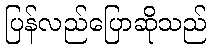
ပြန်လည်ပြောဆိုသည်